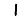
Digit: 1